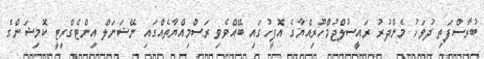
ބުރާސްފަތި ދުވަހު މެންދުރު ރައީސުލްޖުމްހޫރިއްޔާގެ އޮފީހުގައި ބޭއްވެވި ރަސްމިއްޔާތެއްގައި ނޭޝަނަލް އިންޓެގްރިޓީ ކޮމިޝަންގެ